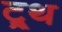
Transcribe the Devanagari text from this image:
ट्र्थ